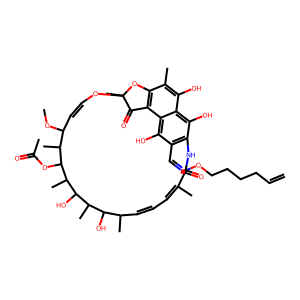
SMILES: C=CCCCCON=Cc1c2c(O)c3c(O)c(C)c4c(c3c1O)C(=O)C(C)(OC=CC(OC)C(C)C(OC(C)=O)C(C)C(O)C(C)C(O)C(C)C=CC=C(C)C(=O)N2)O4
Inhibits HIV replication: No